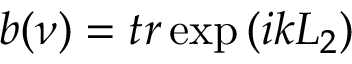
b ( \nu ) = t r \exp { ( i k L _ { 2 } ) }